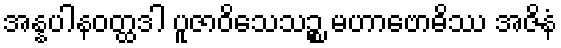
အန္နပါနဝတ္ထဒါ ပူဇာဝိသေသဉ္စ မဟာဗောဓိဿ အဇိနံ